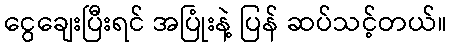
ငွေချေးပြီးရင် အပြုံးနဲ့ ပြန် ဆပ်သင့်တယ်။